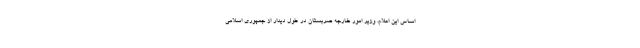
اساس این اعلام، وزیر امور خارجه صربستان در طول دیدار از جمهوری اسلامی